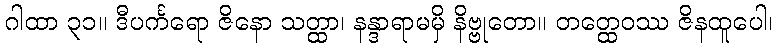
ဂါထာ ၃၁။ ဒီပင်္ကရော ဇိနော သတ္ထာ၊ နန္ဒာရာမမှိ နိဗ္ဗုတော။ တတ္ထေဝဿ ဇိနထူပေါ၊